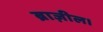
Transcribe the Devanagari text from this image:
ब्राज़ील।